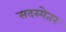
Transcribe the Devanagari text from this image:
सदस्येतर